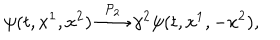
LaTeX: \psi ( t , x ^ { 1 } , x ^ { 2 } ) \stackrel { { \cal P } _ { 2 } } { \longrightarrow } \gamma ^ { 2 } \psi ( t , x ^ { 1 } , - x ^ { 2 } ) ,